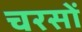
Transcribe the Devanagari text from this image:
चरसों